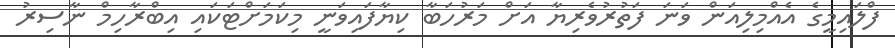
ފްލައިމީގެ އެއްމިލިއަން ވަނަ ފަތުރުވެރިޔާ އަށް މަރުހަބާ ކިޔާފައިވަނީ މިކަމަށްޓަކައި އިބްރާހިމް ނާސިރު